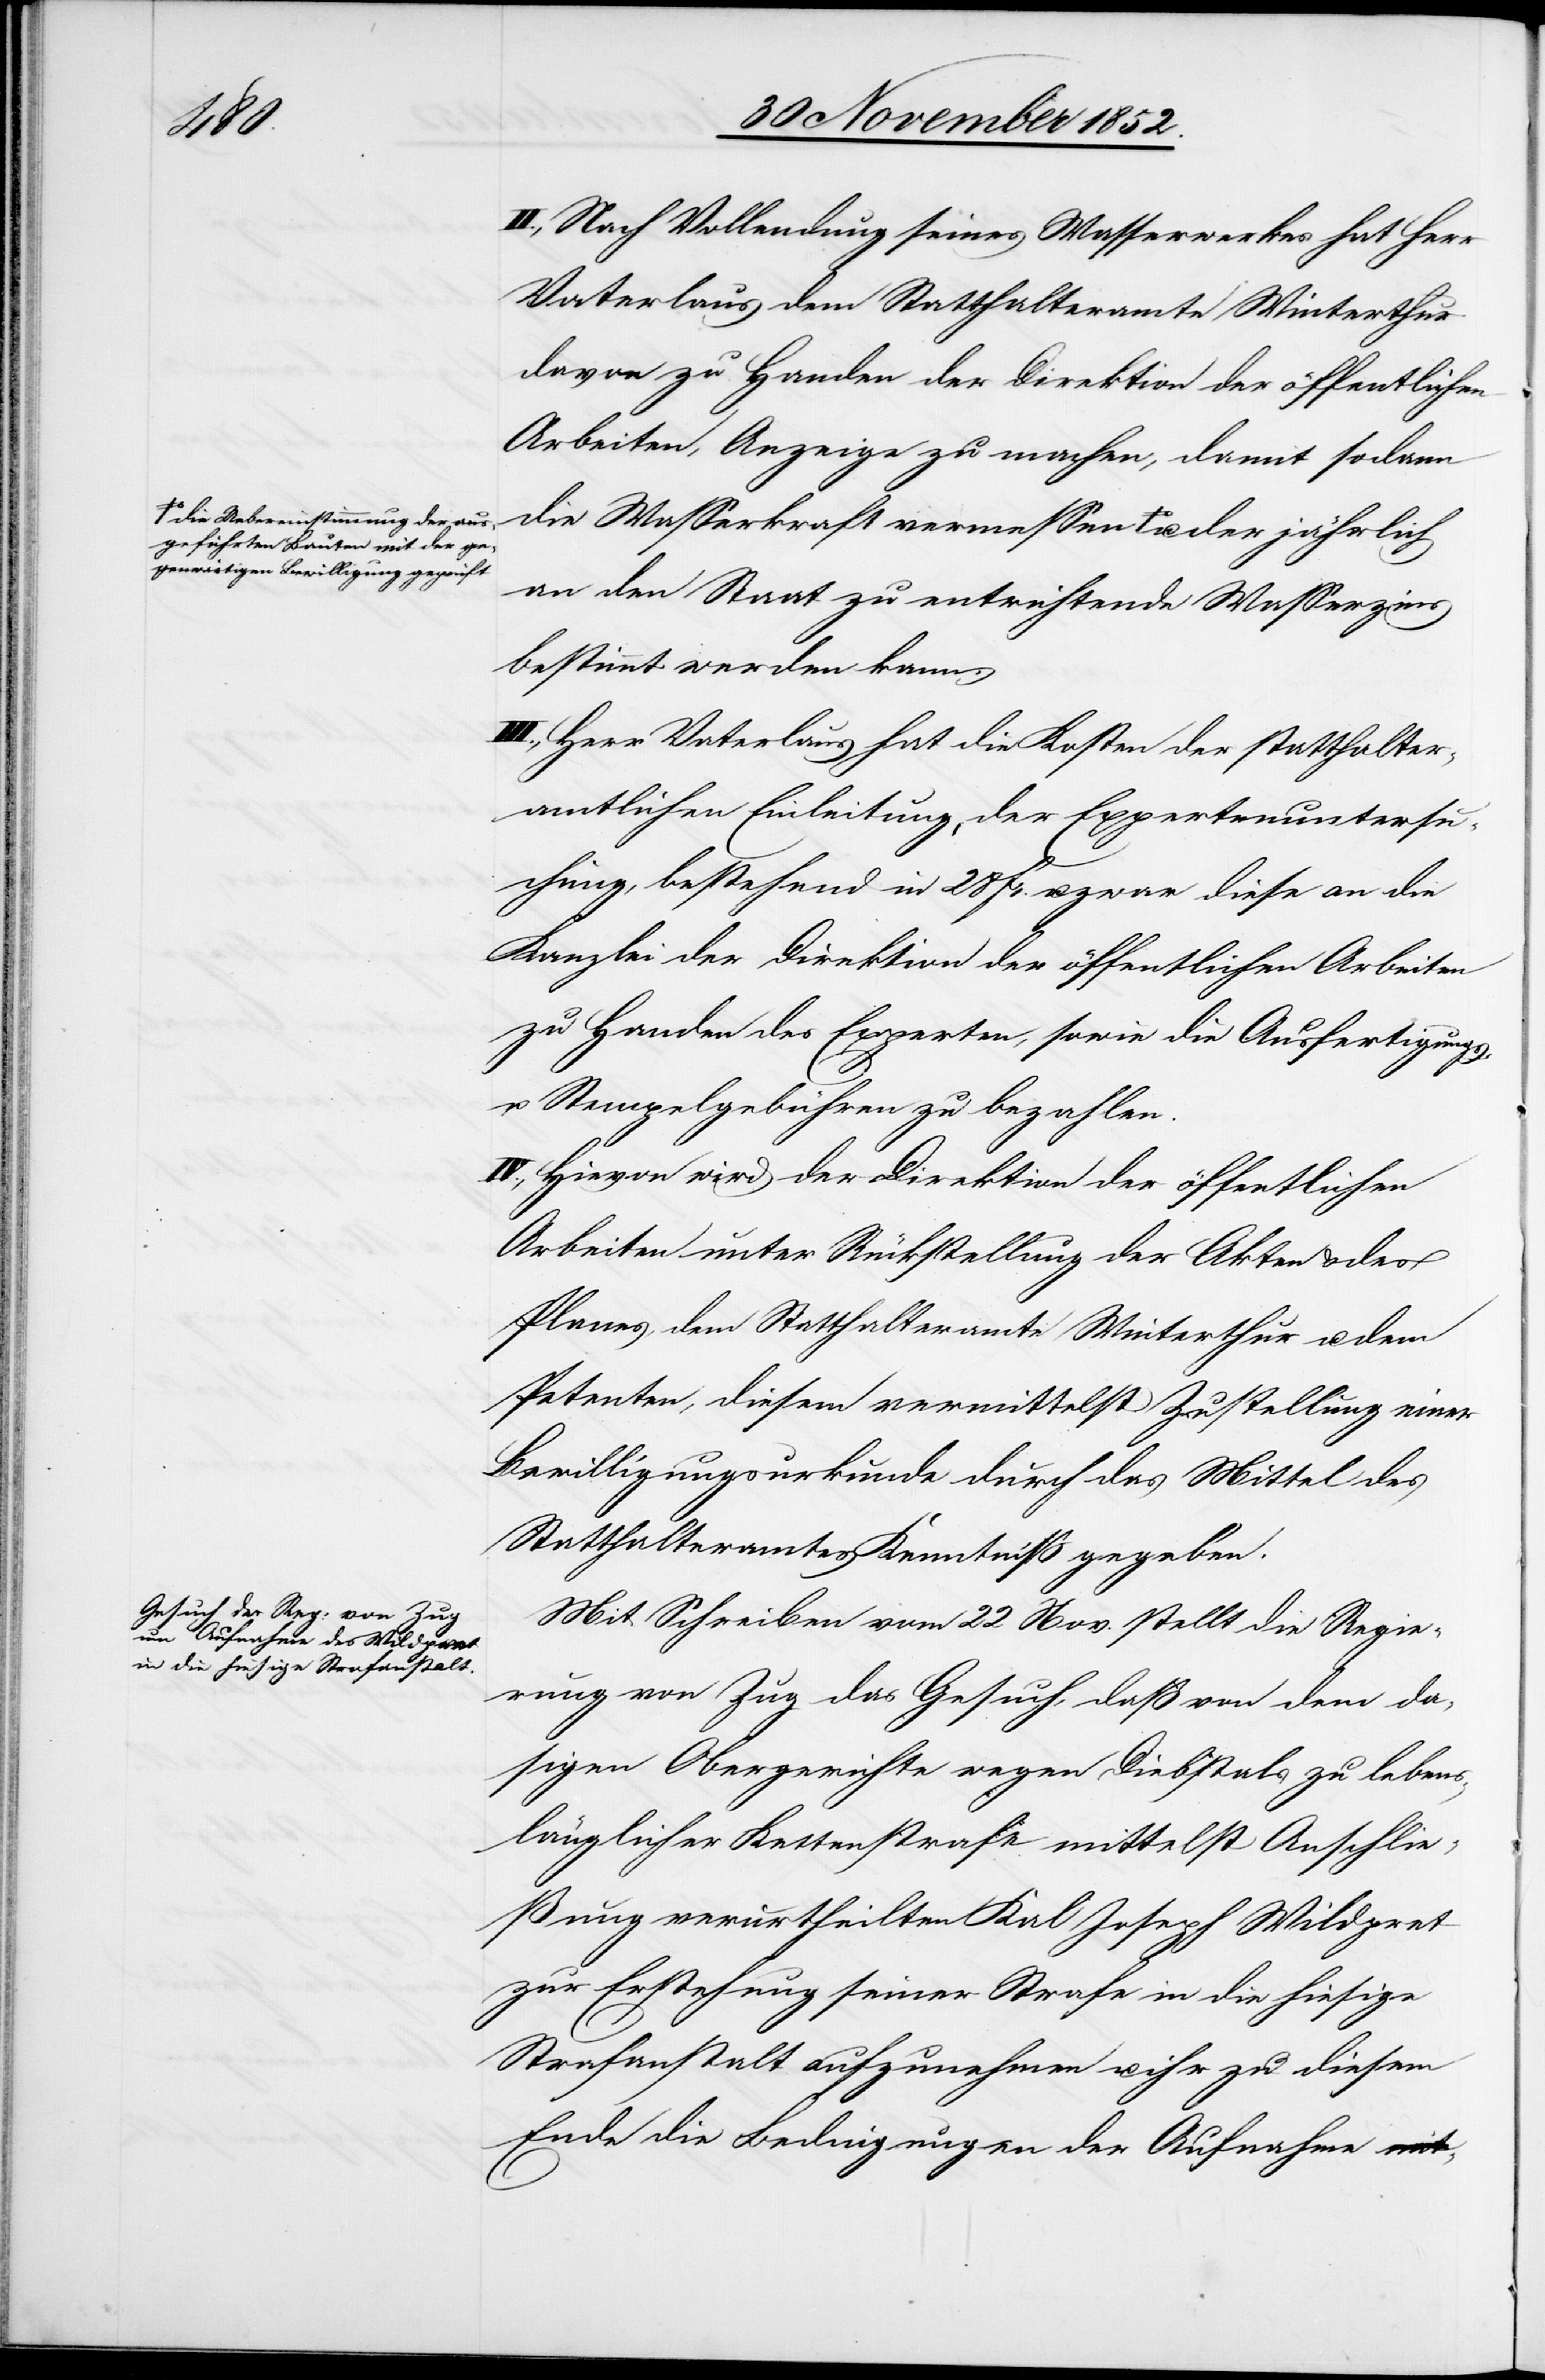
da¬
a-die Uebereinstimmung der aus¬
geführten Bauten mit der ge¬
genwärtigen Bewilligung geprüf¬

II., Nach Vollendung seines Wasserwerkes hat Herr
Vaterlaus dem Statthalteramte Winterthur
davon zu Handen der Direktion der öffentlichen
Arbeiten, Anzeige zu machen, damit sodann
an den Staat zu entrichtende Wasserzins
bestimmt werden kann.
III., Herr Vaterlaus hat die Kosten der statthalter¬
amtlichen Einleitung, der Expertenuntersu¬
chung, bestehend in 28 Fr. u. zwar diese an die
Kanzlei der Direktion der öffentlichen Arbeiten
zu Handen des Experten, sowie die Ausfertigungs-
u. Stempelgebühren zu bezahlen.
IV., Hievon wird der Direktion der öffentlichen
Arbeiten unter Rückstellung der Akten & des
Planes, dem Statthalteramte Winterthur u. dem
Petenten, diesem vermittelst Zustellung einer
Bewilligungsurkunde durch das Mittel des
Statthalteramtes Kenntniß gegeben.
Mit Schreiben vom 22 Nov. stellt die Regie¬
rung von Zug das Gesuch, daß [recte: den] von
sigen Obergerichte wegen Diebstals zu lebens¬
länglicher Kettenstrafe mittelst Anschlie¬
ßung verurtheilten Kal [sic!] Joseph Wildpret
zur Erstehung seiner Strafe in die hiesige
Strafanstalt aufzunehmen u. ihr zu diesem
Ende die Bedingungen der Aufnahme